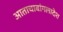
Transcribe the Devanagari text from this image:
आताचाबांगलादेश